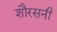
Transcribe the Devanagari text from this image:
शौरसनी